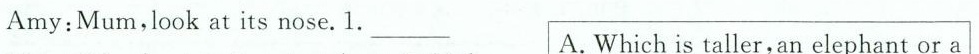
Amy:Mum,look at its nose. 1. ___A.Which is taller,an elephant or a